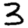
Digit: 3